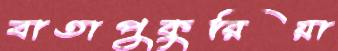
বাতাপুকুরিয়া